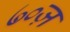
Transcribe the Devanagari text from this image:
७०ज़